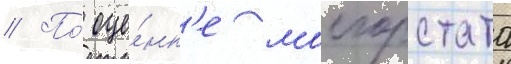
// По́ оце́нк'е мосгорстата